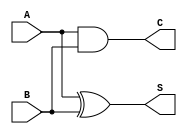
`timescale 1ns / 1ps
//////////////////////////////////////////////////////////////////////////////////
// Company: 
// Engineer: 
// 
// Design Name: 
// Module Name: HA
// Project Name: 
// Target Devices: 
// Tool Versions: 
// Description: 
// 
// Dependencies: 
// 
// Revision:
// Revision 0.01 - File Created
// Additional Comments:
// 
//////////////////////////////////////////////////////////////////////////////////
//Half Adder(Structural modelling)
//module HA (A, B, S, C); 
//input A, B;
//output S, C; 
//xor G1(S, A, B); //SUM
//and G2(C, A, B); //CARRY
//endmodule


// Half Adder (Dataflow modelling): 
module HA (A, B, S, C); // HA - Half Adder 
input A, B;
output S, C; // S- Sum , C - Carry
assign S = A ^ B; // sum = A xor B
assign C =A & B; // carry = A and B
endmodule

module FA( A, B, Cin, Sum, Cout); 
input A, B, Cin;
output Sum, Cout;
wire S1, C1, C2;
// Module instantiation HALF ADDER
HA HA1 (A, B, S1, C1);
HA HA2 (S1, Cin, Sum, C2);
or G3 (Cout, C1, C2);
 endmodule